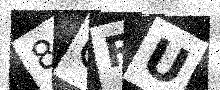
Text: 8QRU